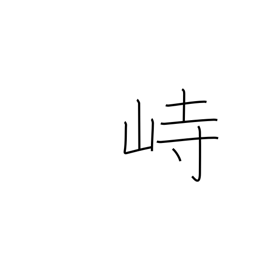
Meaning: tower